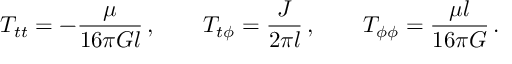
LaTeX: T _ { t t } = - \frac { \mu } { 1 6 \pi G l } \, , \qquad T _ { t \phi } = \frac { J } { 2 \pi l } \, , \qquad T _ { \phi \phi } = \frac { \mu l } { 1 6 \pi G } \, .